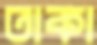
তাকা